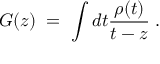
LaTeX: G ( z ) \; = \; \int d t \frac { \rho ( t ) } { t - z } \; .